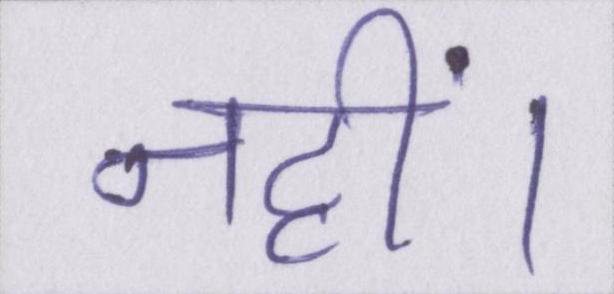
नहीं।